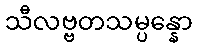
သီလဗ္ဗတသမ္ပန္နော